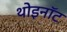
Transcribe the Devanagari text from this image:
थोइनॉट